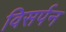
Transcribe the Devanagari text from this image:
विसर्पन